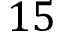
1 5